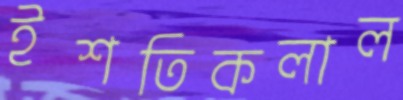
ইশতিকলাল